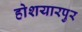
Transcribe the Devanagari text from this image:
होशयारपुर